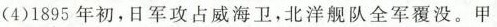
(4)1895年初，日军攻占威海卫，北洋舰队全军覆没。甲